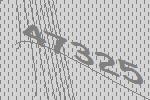
47325